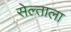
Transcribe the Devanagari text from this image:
सेल्ताला